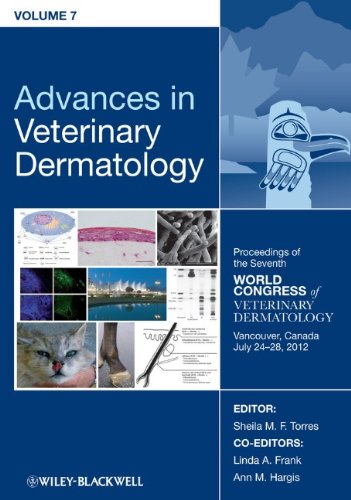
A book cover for Advances in Veterinary Dermatology, Proceedings of the Seventh World Congress of Veterinary Dermatology, Vancouver, Canada, July 24-28, 2012 (Volume 7); Medical Books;